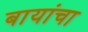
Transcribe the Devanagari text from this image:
बायांचा